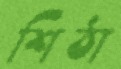
শিঠা